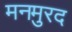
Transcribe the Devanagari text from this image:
मनमुरद